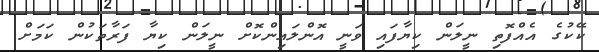
ކޭކުގެ އެއްފޮތި ނީލަން ކިޔާފައި ވަނީ އޮންލައިންކޮށް ނީލަން ކިޔާ ފަރާތަކުން ކަމަށް